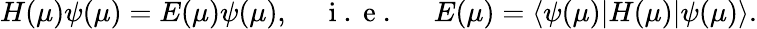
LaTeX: H(\mu)\psi(\mu)=E(\mu)\psi(\mu),\; \; \; \; \mathrm{~i~.~e~.~}\; \; \; \; E(\mu)=\langle\psi(\mu)|H(\mu)|\psi(\mu)\rangle.